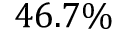
4 6 . 7 \%